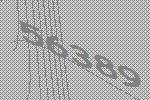
56389